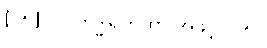
[၀၅] ဝိပါကုဒ္ဓါရကထာ အဖွင့် {၀၅}